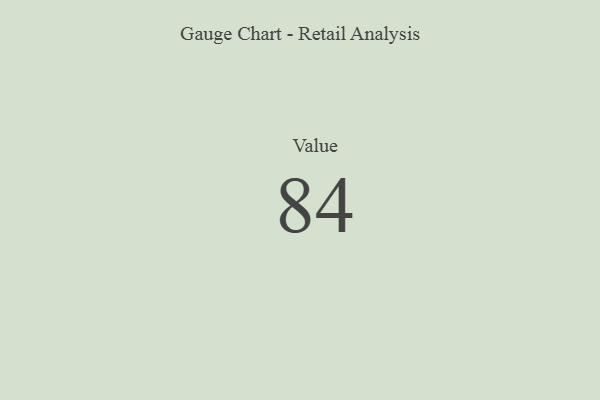
{"axis": {"x": "Metric", "y": "Value"}, "legend": [""], "data": [{"x": "Value", "y": 84, "type": ""}]}